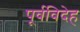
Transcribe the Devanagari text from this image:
पूर्वविदेह